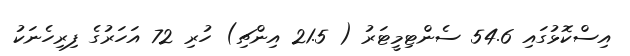
އިސްކޮޅުގައި 54.6 ސެންޓިމީޓަރު ( 21.5 އިންޗި) ހުރި 72 އަހަރުގެ ފިރިހެނަކު